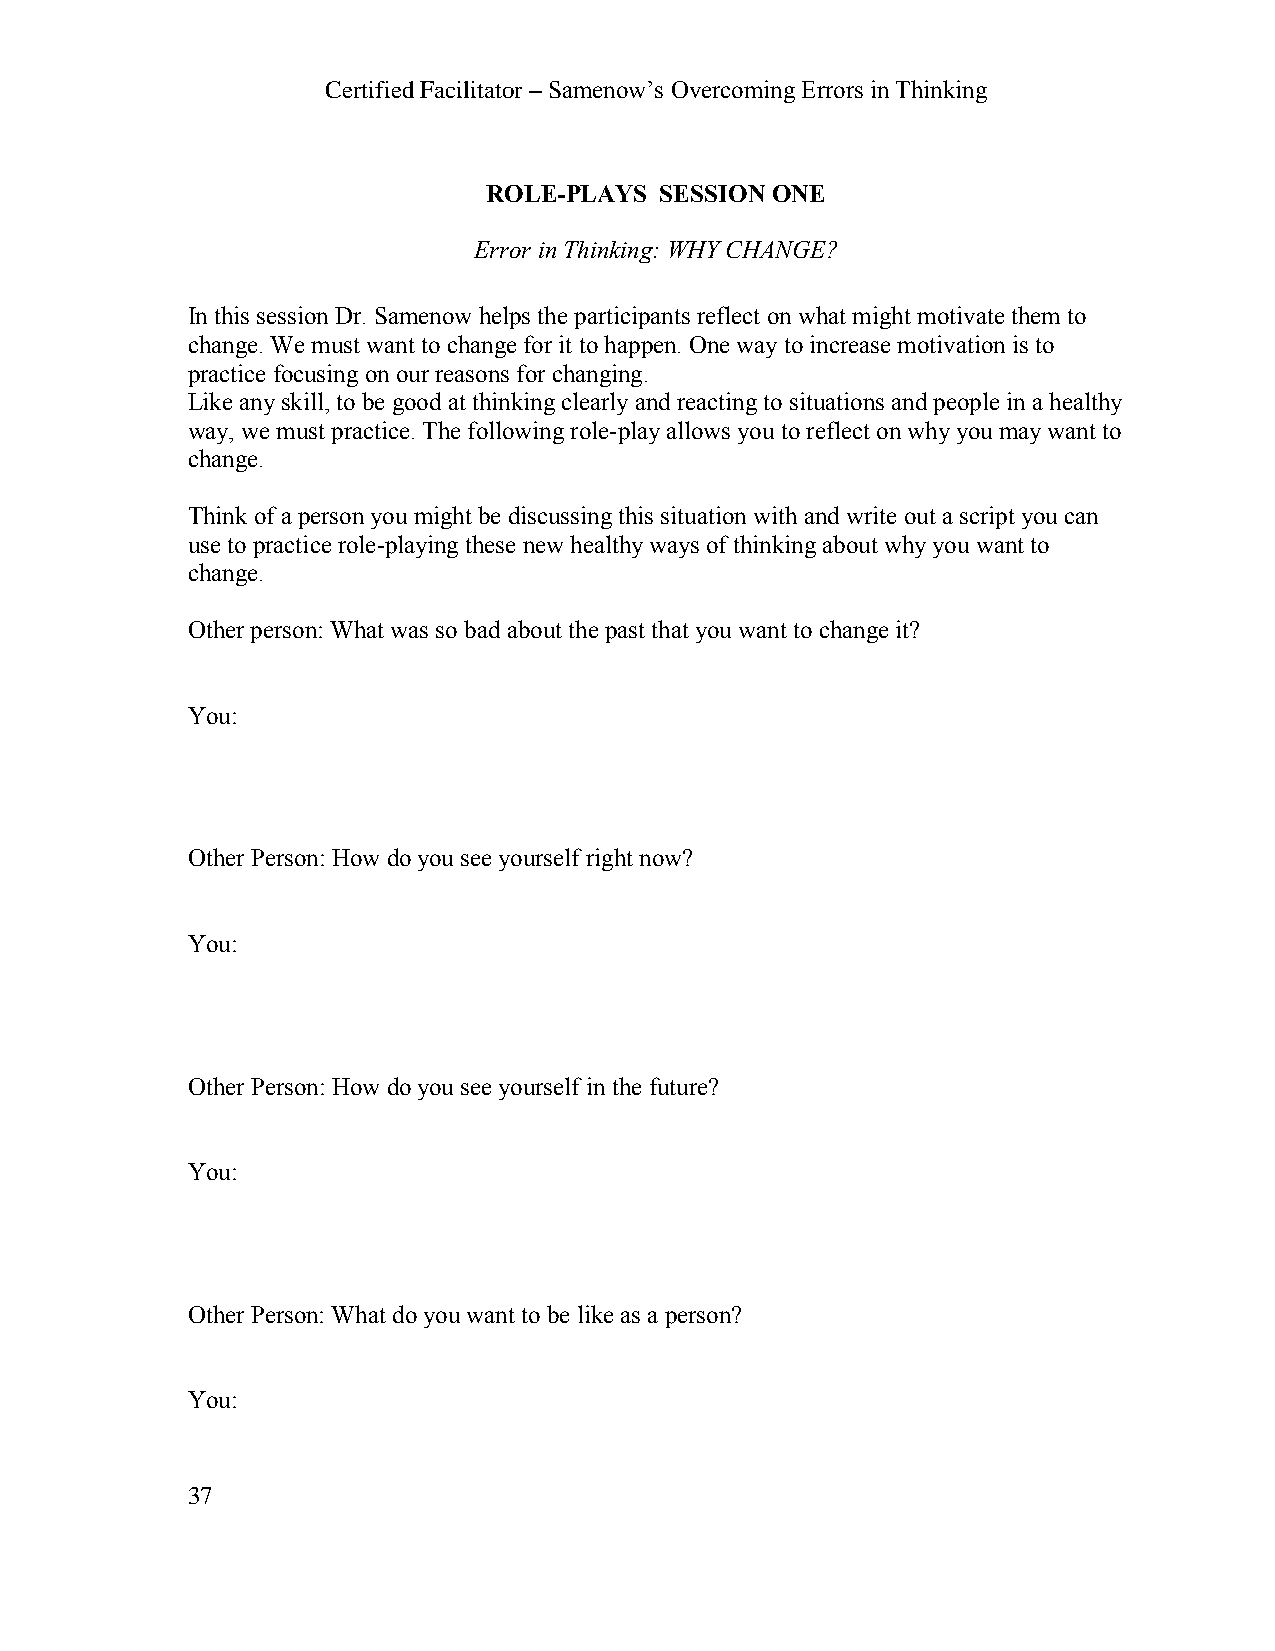
Certified Facilitator – Samenow’s Overcoming Errors in Thinking
 ROLE-PLAYS  SESSION ONE
 Error in Thinking: WHY CHANGE?
 In this session Dr. Samenow helps the participants reflect on what might motivate them to
 change. We must want to change for it to happen. One way to increase motivation is to
 practice focusing on our reasons for changing.
 Like any skill, to be good at thinking clearly and reacting to situations and people in a healthy
 way, we must practice. The following role-play allows you to reflect on why you may want to
 change.
 Think of a person you might be discussing this situation with and write out a script you can
 use to practice role-playing these new healthy ways of thinking about why you want to
 change.
 Other person: What was so bad about the past that you want to change it?
 You:
 Other Person: How do you see yourself right now?
 You:
 Other Person: How do you see yourself in the future?
 You:
 Other Person: What do you want to be like as a person?
 You:
 37